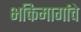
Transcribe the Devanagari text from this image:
भक्तिमार्गाचे